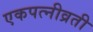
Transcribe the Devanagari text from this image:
एकपत्नीव्रती